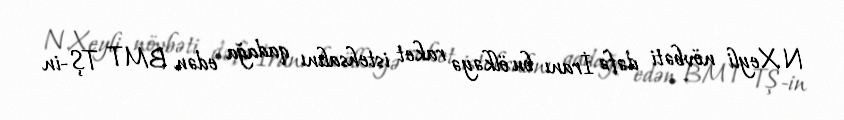
N.Xeyli növbəti dəfə İranı bu ölkəyə raket istehsalını qadağa edən BMT TŞ-in